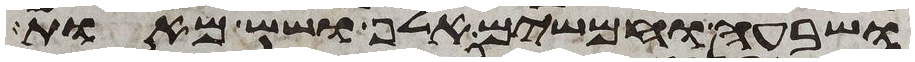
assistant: ושבעה וחמשים אלף ושש מאות